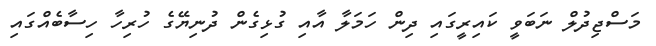
މަސްޖިދުލް ނަބަވީ ކައިރީގައި ދިން ހަމަލާ އާއި ގުޅިގެން ދުނިޔޭގެ ހުރިހާ ހިސާބެއްގައި